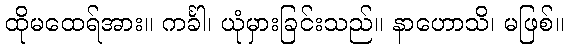
ထိုမထေရ်အား။ ကင်္ခါ၊ ယုံမှားခြင်းသည်။ နာဟောသိ၊ မဖြစ်။